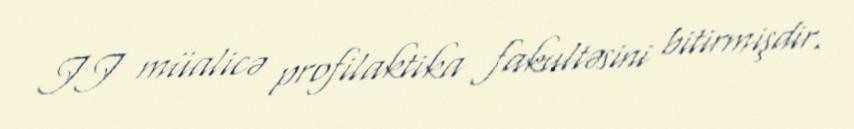
II müalicə profilaktika fakultəsini bitirmişdir.